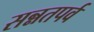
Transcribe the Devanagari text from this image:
सन्नतपर्व